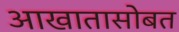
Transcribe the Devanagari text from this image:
आखातासोबत